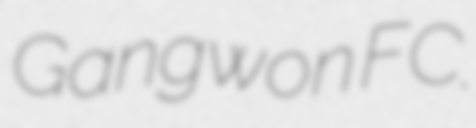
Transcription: Gangwon FC.